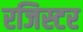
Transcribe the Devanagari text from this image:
रजिस्टर